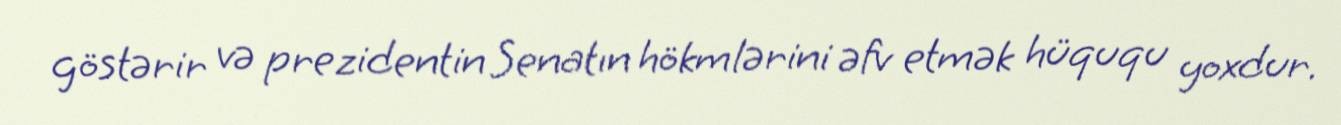
göstərir və prezidentin Senatın hökmlərini əfv etmək hüququ yoxdur.